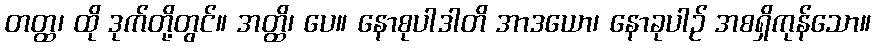
တတ္ထ၊ ထို ဒုက်တို့တွင်။ အတ္ထိ၊ ပေ။ နောစုပါဒါတိ အာဒယော၊ နောခုပါဉ် အစရှိကုန်သော။